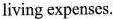
living expenscs.